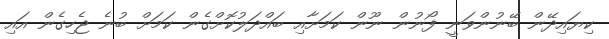
ކިޔައިދޭން ބޭނުންވަނީ ފޯނުން ނޫން ކަމަށާއި ބައްދަލުކޮށްގެން ކަަމަށް ބުނެ ޖެހިގެން އައި